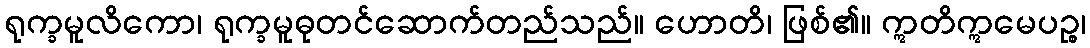
ရုက္ခမူလိကော၊ ရုက္ခမူဓုတင်ဆောက်တည်သည်။ ဟောတိ၊ ဖြစ်၏။ ဣတိဣမေပဉ္စ၊